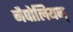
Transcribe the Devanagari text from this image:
नैपोलियन्